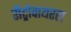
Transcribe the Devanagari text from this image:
रीट्रोवायरस